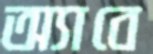
অ্যাবে